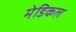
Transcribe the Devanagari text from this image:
मेडिकल